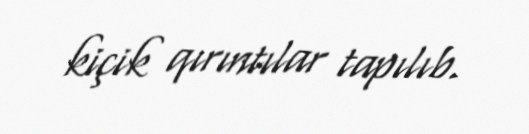
kiçik qırıntılar tapılıb.